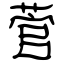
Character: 菅